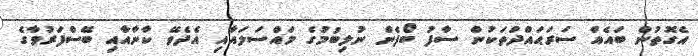
އެގޮތުން ބައެއް ސަރަޙައްދުތަކުން ސާފު ބޯފެން ނުލިބުމުގެ މައްސަލައާއި އެދެވޭ ކާނާއާއި ބޭސްފަރުވާގެ